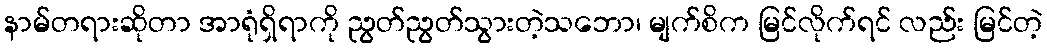
နာမ်တရားဆိုတာ အာရုံရှိရာကို ညွတ်ညွတ်သွားတဲ့သဘော၊ မျက်စိက မြင်လိုက်ရင် လည်း မြင်တဲ့